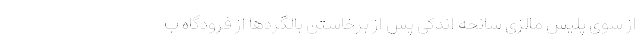
از سوی پلیس مالزی سانحه اندکی پس از برخاستن بالگردها از فرودگاه ب